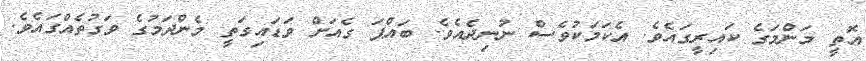
އޮތީ މަންމަގެ ކައިރީގައެވެ. އެކަމަކުވެސް ނުނިދެއެވެ. ބައްޕަ ގެއަށް ވަޑައިގަތީ މެންދަމުގެ ވަގުތެއްގައެވެ.